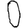
Digit: 0